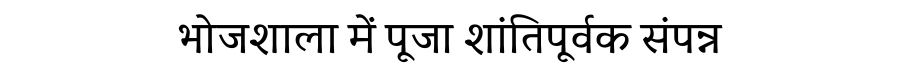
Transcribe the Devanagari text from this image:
भोजशाला में पूजा शांतिपूर्वक संपन्न